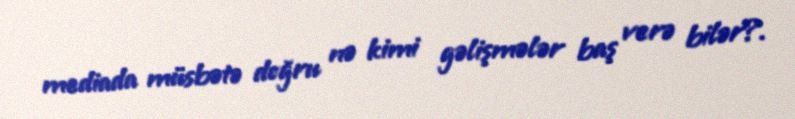
mediada müsbətə doğru nə kimi gəlişmələr baş verə bilər?.